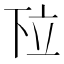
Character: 𬔗